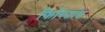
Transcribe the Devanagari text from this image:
फिरितात